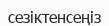
сезіктенсеңіз